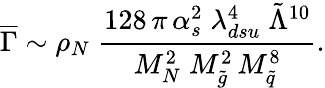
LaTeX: \overline{{{\Gamma}}}\sim\rho_{N}\; \frac{128\, \pi\, \alpha_{s}^{2}\; \lambda_{dsu}^{4}\; \tilde{\Lambda}^{10}}{M_{N}^{2}\; M_{\tilde{g}}^{2}\, M_{\tilde{q}}^{8}}.